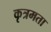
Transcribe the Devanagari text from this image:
कृत्रमता